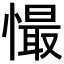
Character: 𢢇